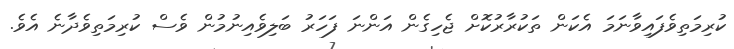
ކުރިމަތިވެފައިވާނަމަ އެކަން ތަކުރާރުކޮށް ޖެހިގެން އަންނަ ފަހަރު ބަލިވެއިނުމުން ވެސް ކުރިމަތިވެދާނެ އެވެ.